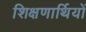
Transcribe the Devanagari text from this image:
शिक्षणार्थियों